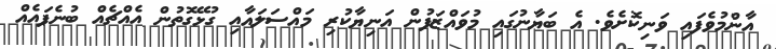
އާންމުވެފައި ވަނިކޮށެވެ. އެ ބަޔާނުގައި މުވައްޒަފުން އަނިޔާކުރި މައްސަލައާއި ގުޅޭގޮތުން އެއްޗެއް ބުނެފައެއް